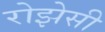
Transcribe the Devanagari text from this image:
रोझेसी